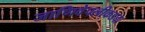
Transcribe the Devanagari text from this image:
जाणिवेपलीकडचा